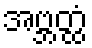
အဗ္ဘတ္ထံ